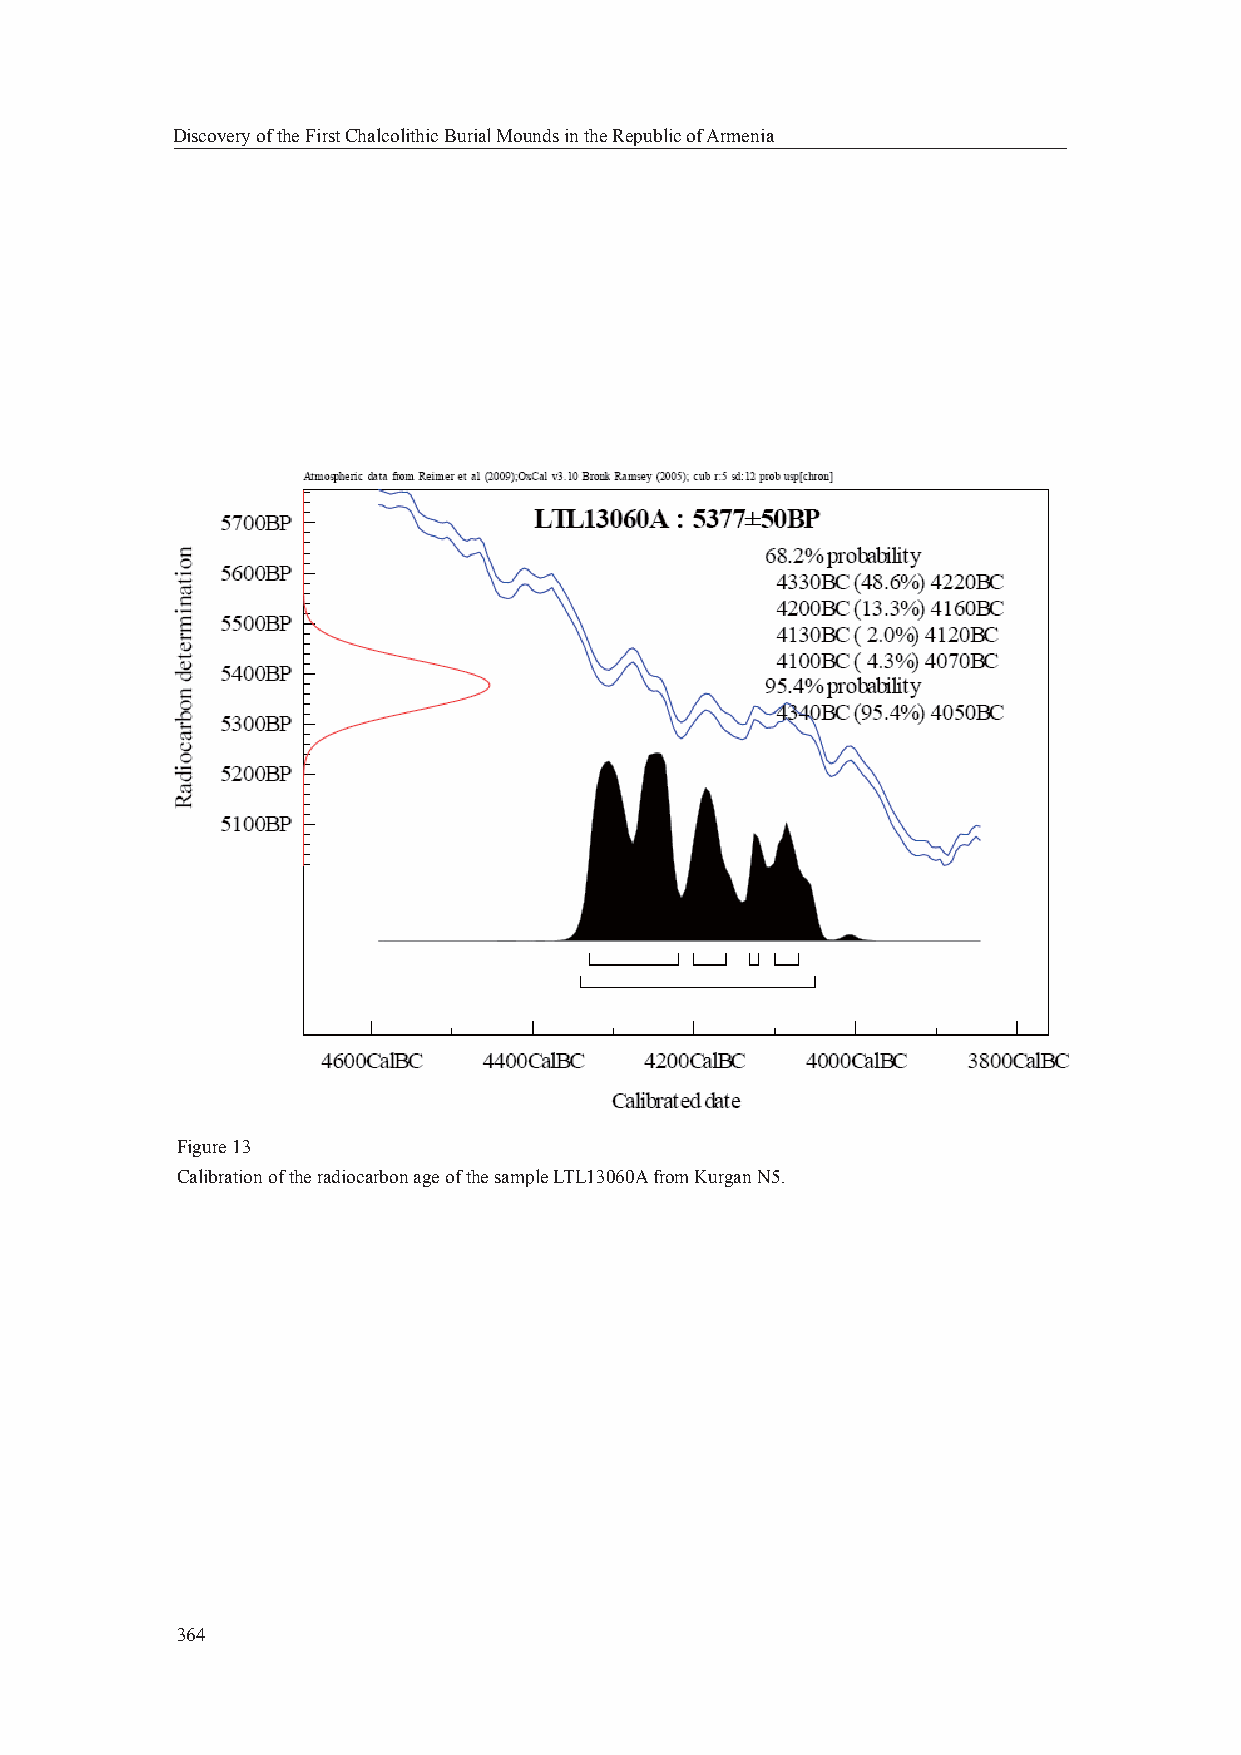
Discovery of the First Chalcolithic Burial Mounds in the Republic of Armenia
 Figure 13
 Calibration of the radiocarbon age of the sample LTL13060A from Kurgan N5.
 364